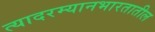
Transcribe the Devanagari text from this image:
त्यादरम्यानभारतातील